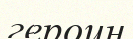
героин